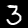
Label: 3